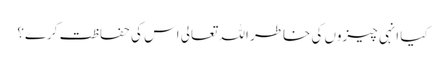
کیا انہی چیزوں کی خاطر اللہ تعالی اس کی حفاظت کرے؟